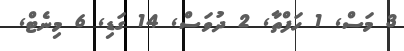
3 މަސް